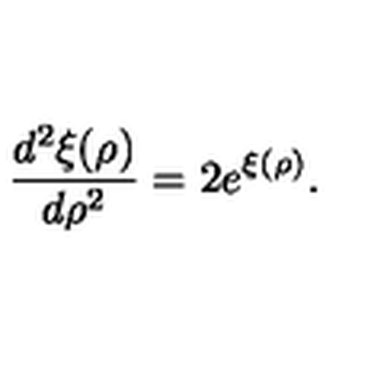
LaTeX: \frac { d ^ { 2 } \xi ( \rho ) } { d \rho ^ { 2 } } = 2 e ^ { \xi ( \rho ) } .